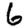
Digit: 6